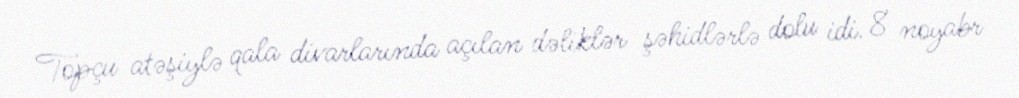
Topçu atəşiylə qala divarlarında açılan dəliklər şəhidlərlə dolu idi. 8 noyabr